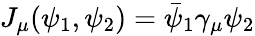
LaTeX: J_{\mu}(\psi_{1},\psi_{2})=\bar{\psi}_{1}\gamma_{\mu}\psi_{2}